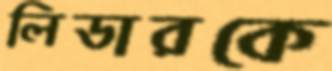
লিডারকে